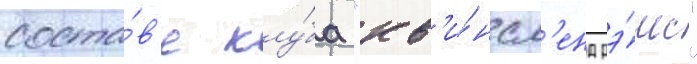
соста́в'е клу́ба "кв'и́нсл'енд рэ́мс"